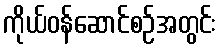
ကိုယ်ဝန်ဆောင်စဉ်အတွင်း